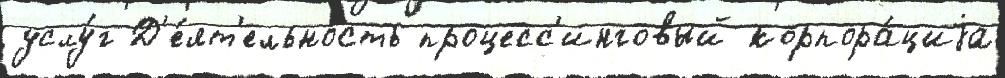
услу́г Д'е́ят'ельность процесс'инговый корпора́циjа